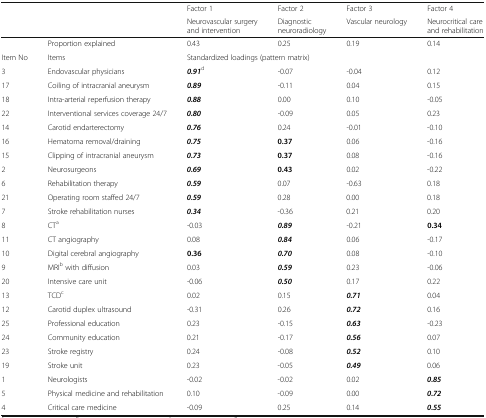
<table><thead><tr><td></td><td></td><td><b>Factor 1</b></td><td><b>Factor 2</b></td><td><b>Factor 3</b></td><td><b>Factor 4</b></td></tr><tr><td></td><td></td><td><b>Neurovascular surgery and intervention</b></td><td><b>Diagnostic neuroradiology</b></td><td><b>Vascular neurology</b></td><td><b>Neurocritical care and rehabilitation</b></td></tr></thead><tbody><tr><td></td><td>Proportion explained</td><td>0.43</td><td>0.25</td><td>0.19</td><td>0.14</td></tr><tr><td>Item No</td><td>Items</td><td colspan="2">Standardized loadings (pattern matrix)</td><td></td><td></td></tr><tr><td>3</td><td>Endovascular physicians</td><td><b><i>0.91</i></b><sup>d</sup></td><td>-0.07</td><td>-0.04</td><td>0.12</td></tr><tr><td>17</td><td>Coiling of intracranial aneurysm</td><td><b><i>0.89</i></b></td><td>-0.11</td><td>0.04</td><td>0.15</td></tr><tr><td>18</td><td>Intra-arterial reperfusion therapy</td><td><b><i>0.88</i></b></td><td>0.00</td><td>0.10</td><td>-0.05</td></tr><tr><td>22</td><td>Interventional services coverage 24/7</td><td><b><i>0.80</i></b></td><td>-0.09</td><td>0.05</td><td>0.23</td></tr><tr><td>14</td><td>Carotid endarterectomy</td><td><b><i>0.76</i></b></td><td>0.24</td><td>-0.01</td><td>-0.10</td></tr><tr><td>16</td><td>Hematoma removal/draining</td><td><b><i>0.75</i></b></td><td><b>0.37</b></td><td>0.06</td><td>-0.16</td></tr><tr><td>15</td><td>Clipping of intracranial aneurysm</td><td><b><i>0.73</i></b></td><td><b>0.37</b></td><td>0.08</td><td>-0.16</td></tr><tr><td>2</td><td>Neurosurgeons</td><td><b><i>0.69</i></b></td><td><b>0.43</b></td><td>0.02</td><td>-0.22</td></tr><tr><td>6</td><td>Rehabilitation therapy</td><td><b><i>0.59</i></b></td><td>0.07</td><td>-0.63</td><td>0.18</td></tr><tr><td>21</td><td>Operating room staffed 24/7</td><td><b><i>0.59</i></b></td><td>0.28</td><td>0.00</td><td>0.18</td></tr><tr><td>7</td><td>Stroke rehabilitation nurses</td><td><b><i>0.34</i></b></td><td>-0.36</td><td>0.21</td><td>0.20</td></tr><tr><td>8</td><td>CT<sup>a</sup></td><td>-0.03</td><td><b><i>0.89</i></b></td><td>-0.21</td><td><b>0.34</b></td></tr><tr><td>11</td><td>CT angiography</td><td>0.08</td><td><b><i>0.84</i></b></td><td>0.06</td><td>-0.17</td></tr><tr><td>10</td><td>Digital cerebral angiography</td><td><b>0.36</b></td><td><b><i>0.70</i></b></td><td>0.08</td><td>-0.10</td></tr><tr><td>9</td><td>MRI<sup>b</sup> with diffusion</td><td>0.03</td><td><b><i>0.59</i></b></td><td>0.23</td><td>-0.06</td></tr><tr><td>20</td><td>Intensive care unit</td><td>-0.06</td><td><b><i>0.50</i></b></td><td>0.17</td><td>0.22</td></tr><tr><td>13</td><td>TCD<sup>c</sup></td><td>0.02</td><td>0.15</td><td><b><i>0.71</i></b></td><td>0.04</td></tr><tr><td>12</td><td>Carotid duplex ultrasound</td><td>-0.31</td><td>0.26</td><td><b><i>0.72</i></b></td><td>0.16</td></tr><tr><td>25</td><td>Professional education</td><td>0.23</td><td>-0.15</td><td><b><i>0.63</i></b></td><td>-0.23</td></tr><tr><td>24</td><td>Community education</td><td>0.21</td><td>-0.17</td><td><b><i>0.56</i></b></td><td>0.07</td></tr><tr><td>23</td><td>Stroke registry</td><td>0.24</td><td>-0.08</td><td><b><i>0.52</i></b></td><td>0.10</td></tr><tr><td>19</td><td>Stroke unit</td><td>0.23</td><td>-0.05</td><td><b><i>0.49</i></b></td><td>0.06</td></tr><tr><td>1</td><td>Neurologists</td><td>-0.02</td><td>-0.02</td><td>0.02</td><td><b><i>0.85</i></b></td></tr><tr><td>5</td><td>Physical medicine and rehabilitation</td><td>0.10</td><td>-0.09</td><td>0.00</td><td><b><i>0.72</i></b></td></tr><tr><td>4</td><td>Critical care medicine</td><td>-0.09</td><td>0.25</td><td>0.14</td><td><b><i>0.55</i></b></td></tr></tbody></table>